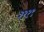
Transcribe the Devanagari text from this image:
३२२९